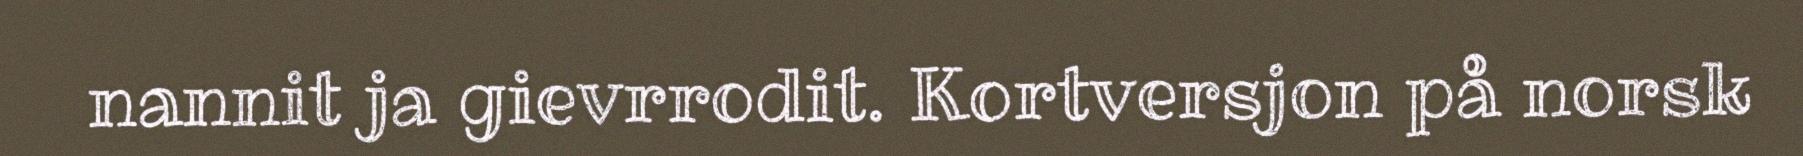
nannit ja gievrrodit. Kortversjon på norsk